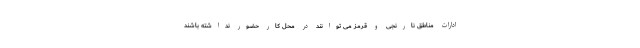
ادارات مناطق نارنجی و قرمز می توانند در محل کار حضور نداشته باشند